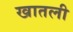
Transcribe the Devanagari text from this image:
खातली